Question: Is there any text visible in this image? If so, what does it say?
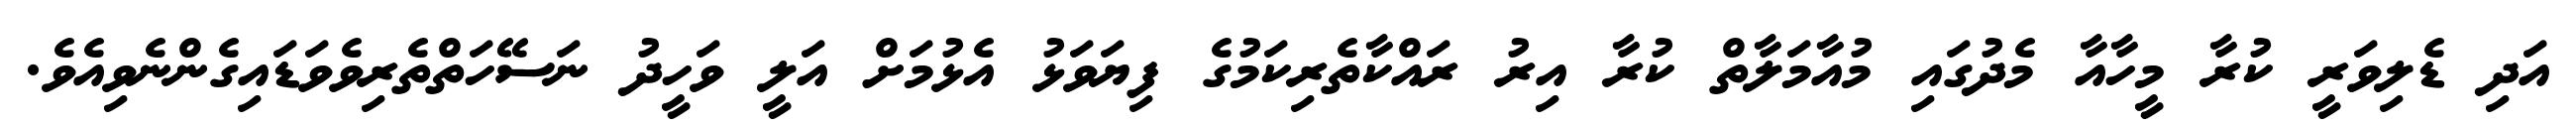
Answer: އަދި ޑެލިވަރީ ކުރާ މީހާއާ މެދުގައި މުއާމަލާތް ކުރާ އިރު ރައްކާތެރިކަމުގެ ފިޔަވަޅު އެޅުމަށް އަލީ ވަހީދު ނަސޭހަތްތެރިވެވަޑައިގެންނެވިއެވެ.